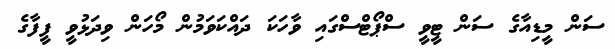
ސަން މީޑިއާގެ ސަން ޓީވީ ސްޕޯޓްސްގައި ވާހަކަ ދައްކަވަމުން މޯހަން ވިދަޅުވީ ފީފާގެ